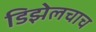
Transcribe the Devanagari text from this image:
डिझेलचाच